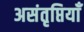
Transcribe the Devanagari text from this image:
असंतृप्तियाँ